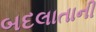
બદલાતાની